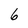
Character: 6